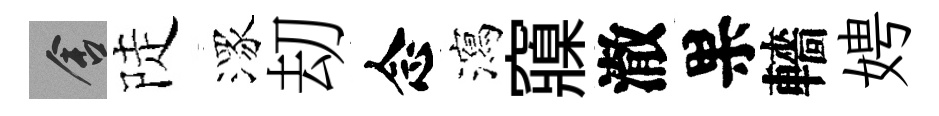
舍陡潈刧念瀉䆿澈果轖娉